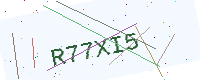
Text: R77XI5